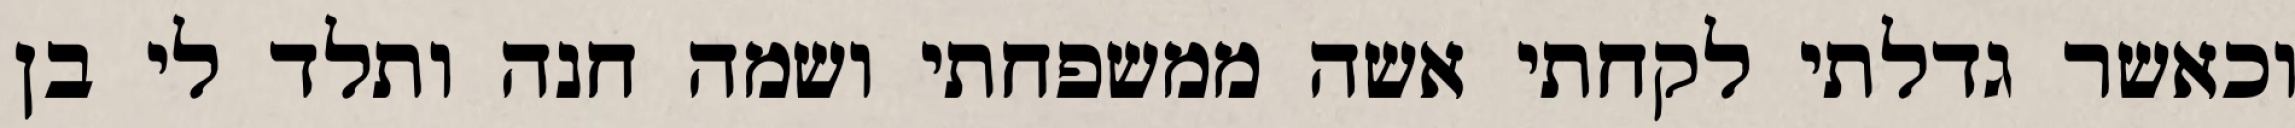
וכאשר גדלתי לקחתי אשה ממשפחתי ושמה חנה ותלד לי בן